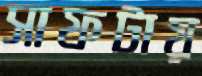
সাফটায়